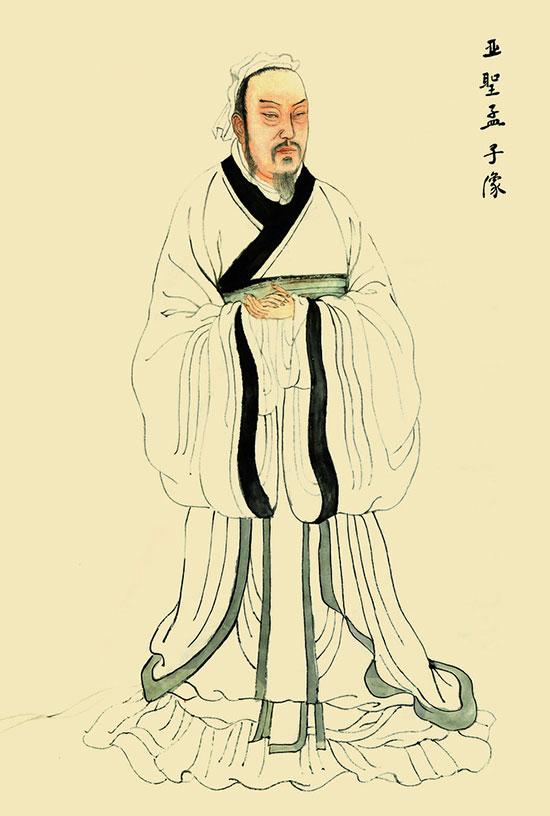
说大人则藐之，勿视其巍巍然。